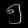
Digit: ၅